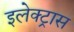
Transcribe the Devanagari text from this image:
इलेक्‍ट्रास